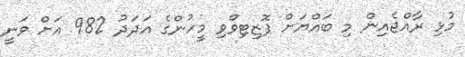
މުޅި ރާއްޖެއިން މި ބައްޔަށް ޕޮޒިޓިވްވި މީހުންގެ އަދަދު 982 އަށް ވަނީ